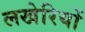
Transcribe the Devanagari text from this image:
लखेरियों